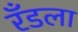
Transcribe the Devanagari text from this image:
रँडला